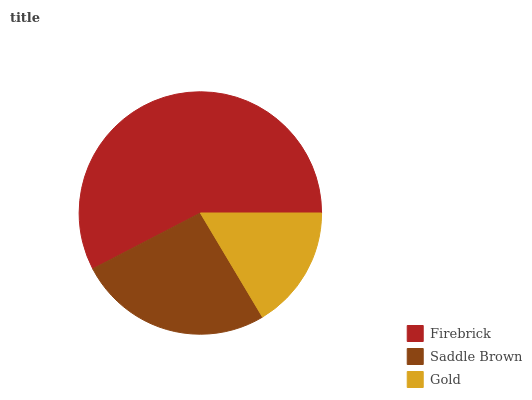
| Firebrick | Saddle Brown | Gold |
 | --- | --- | --- |
 | 57.6% | 26% | 16.4% |